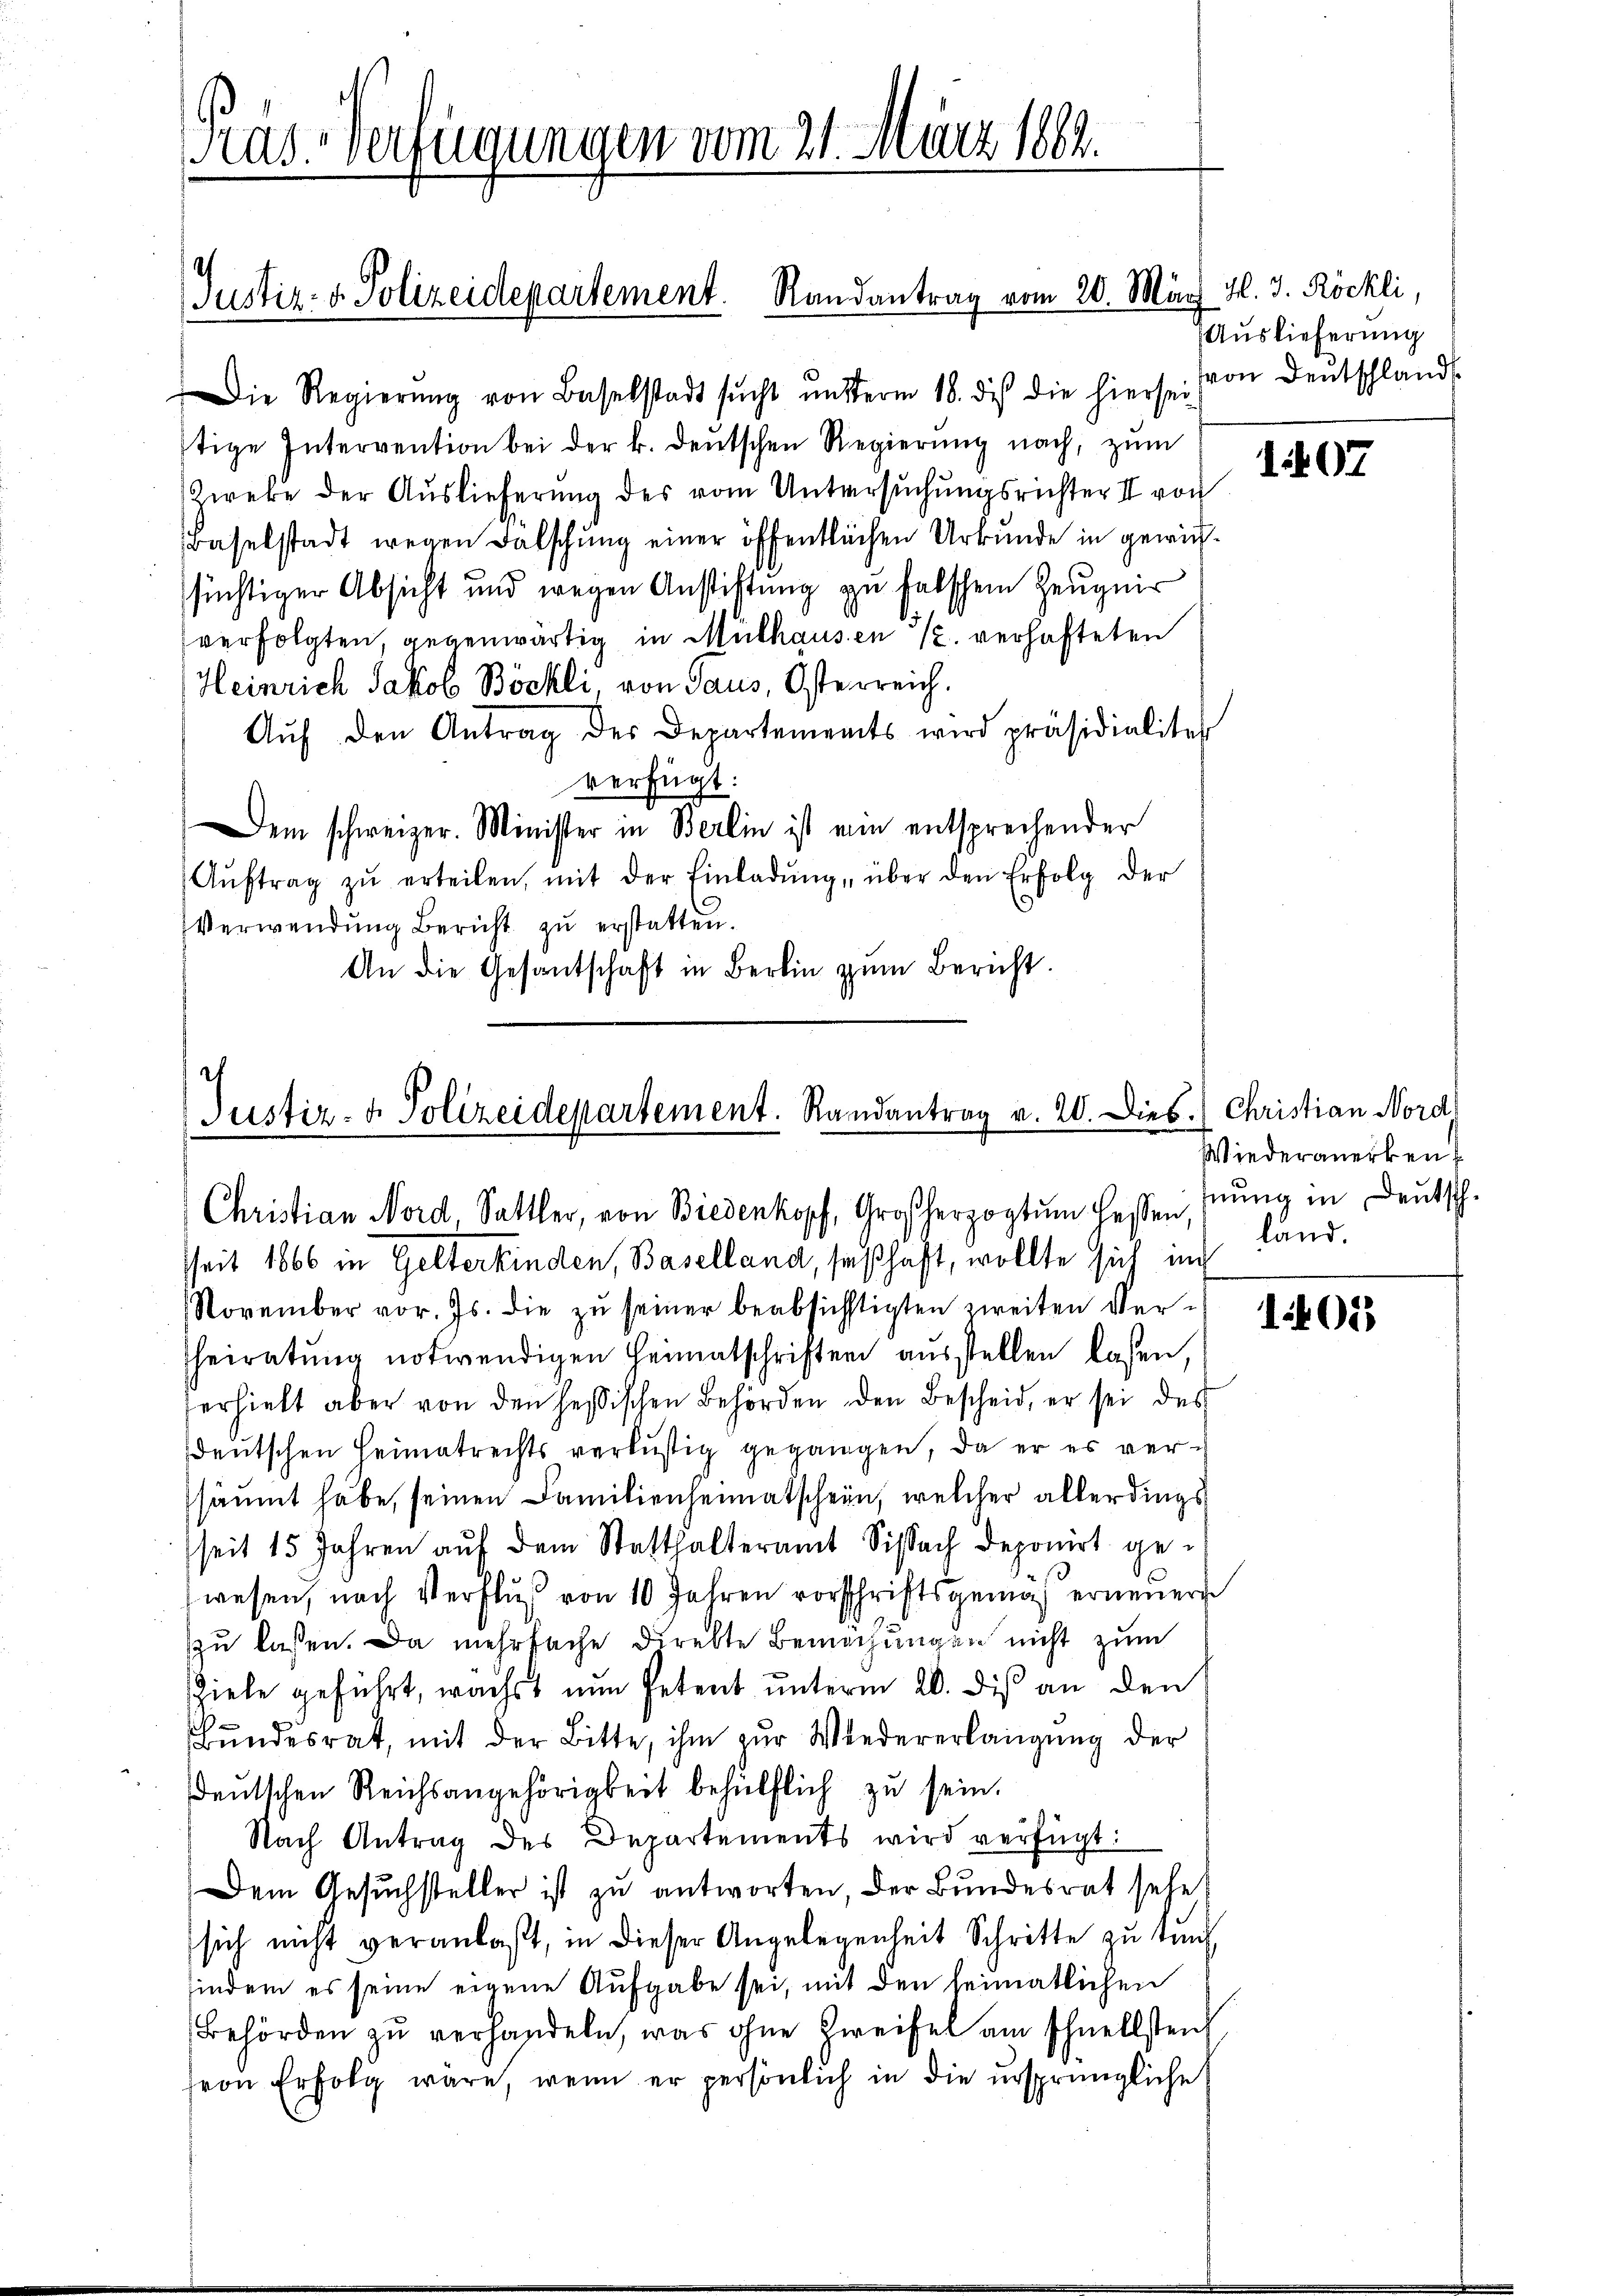
Die Regierŭng von Baselstadt sŭcht ŭnterm 18. dies die hiersei (von Deutschlands
tige Intervention bei der k. deŭtschen Regierŭng nach, zŭm
Zweke der Auslieferung des vom Untersuchungsrichter II von
Baselstadt wegen Falschung einer öffentlichen Urkunde in gewirsüchtiger Absicht und wegen Anstiftung zu falschen Zeugnis
verfolgten, gegenwärtig in Mülhausen u. verhafteten
Heinrich Jakob Böckli, von Taus, Osterreich.
Aŭf den Antrag des Departements wird präsidialiter
verfügt:
Dem schweizer. Minister in Berlin ist ein entsprechender
Aŭftrag zŭ erteilen, mit der Einladŭng, über den Erfolg der
Verwendung Bericht zu erstatten.
An die Gesantschaft in Berlin zŭm Bericht.

as Verfügungen vom 21. März 1864.

Justiz- & Polizeidepartement. Randantrag vom 20. März d. 3. Röckli,

Justiz- & Polizeidepartement. Randantrag v. 20. Dies. Christian Nord
Christian Nord, Sattler, von Biedenkopf, Großherzogtum bessen hung in Deutsch.
Zeit 1866 in Gelterkinden, Baselland, seßhaft, wollte sich in

November vor. Js. die zŭ seiner beabsichtigten zweiten Verheiratung notwendigen Heimatschriften ausstellen lasen,
erhielt aber von den Hessischen Behörden den Bescheid, er sei des
deutschen Heimatrechts verlustig gegangen, da er es versäumt habe, seinen Familienheimatschein, welcher allerdings
seit 15 Jahren aŭf dem Statthalteramt Sissach deponirt gewesen, nach Verfluß von 10 Jahren vorschriftsgemäß erneuern
zu lassen. Da mehrfache direkte Bemachungen nicht zum
Ziele geführt, wächst nun Petent unterm 20. dis an den
Bundesrat, mit der Bitte, ihm zur Wiedererlangung der
deŭtschen Reichsangehörigkeit behülflich zu sein.
Nach Antrag des Departements wird verfügt:
Dem Gesuchsteller ist zu antworten, der Bundesrat sehe
sich nicht veranlaßt, in dieser Angelegenheit Schritte zu tun
findem es seine eigene Aufgabe sei, mit den heimatlichen
Behörden zu verhandeln, was ohne Zweifel am Schnellstenf
von Erfolg wäre, wenn er persönlich in die ursprüngliche

Auslieferung

107

Wiederanerken
land.

1401